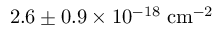
2 . 6 \pm 0 . 9 \times 1 0 ^ { - 1 8 } \; \mathrm { { c m ^ { - 2 } } }